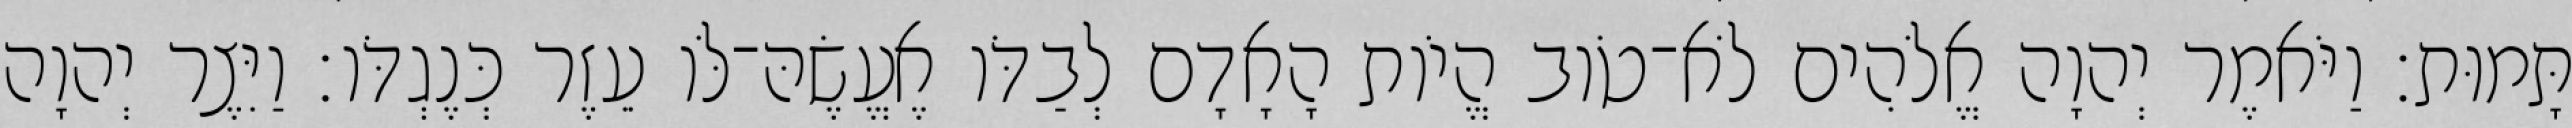
תָּמוּת׃ וַיֹּאמֶר יְהוָה אֱלֹהִים לֹא־טֹוב הֱיֹות הָאָדָם לְבַדֹּו אֶעֱשֶׂהּ־לֹּו עֵזֶר כְּנֶגְדֹּו׃ וַיִּצֶר יְהוָה